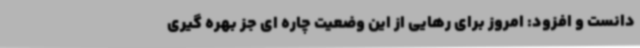
دانست و افزود: امروز برای رهایی از این وضعیت چاره ای جز بهره گیری